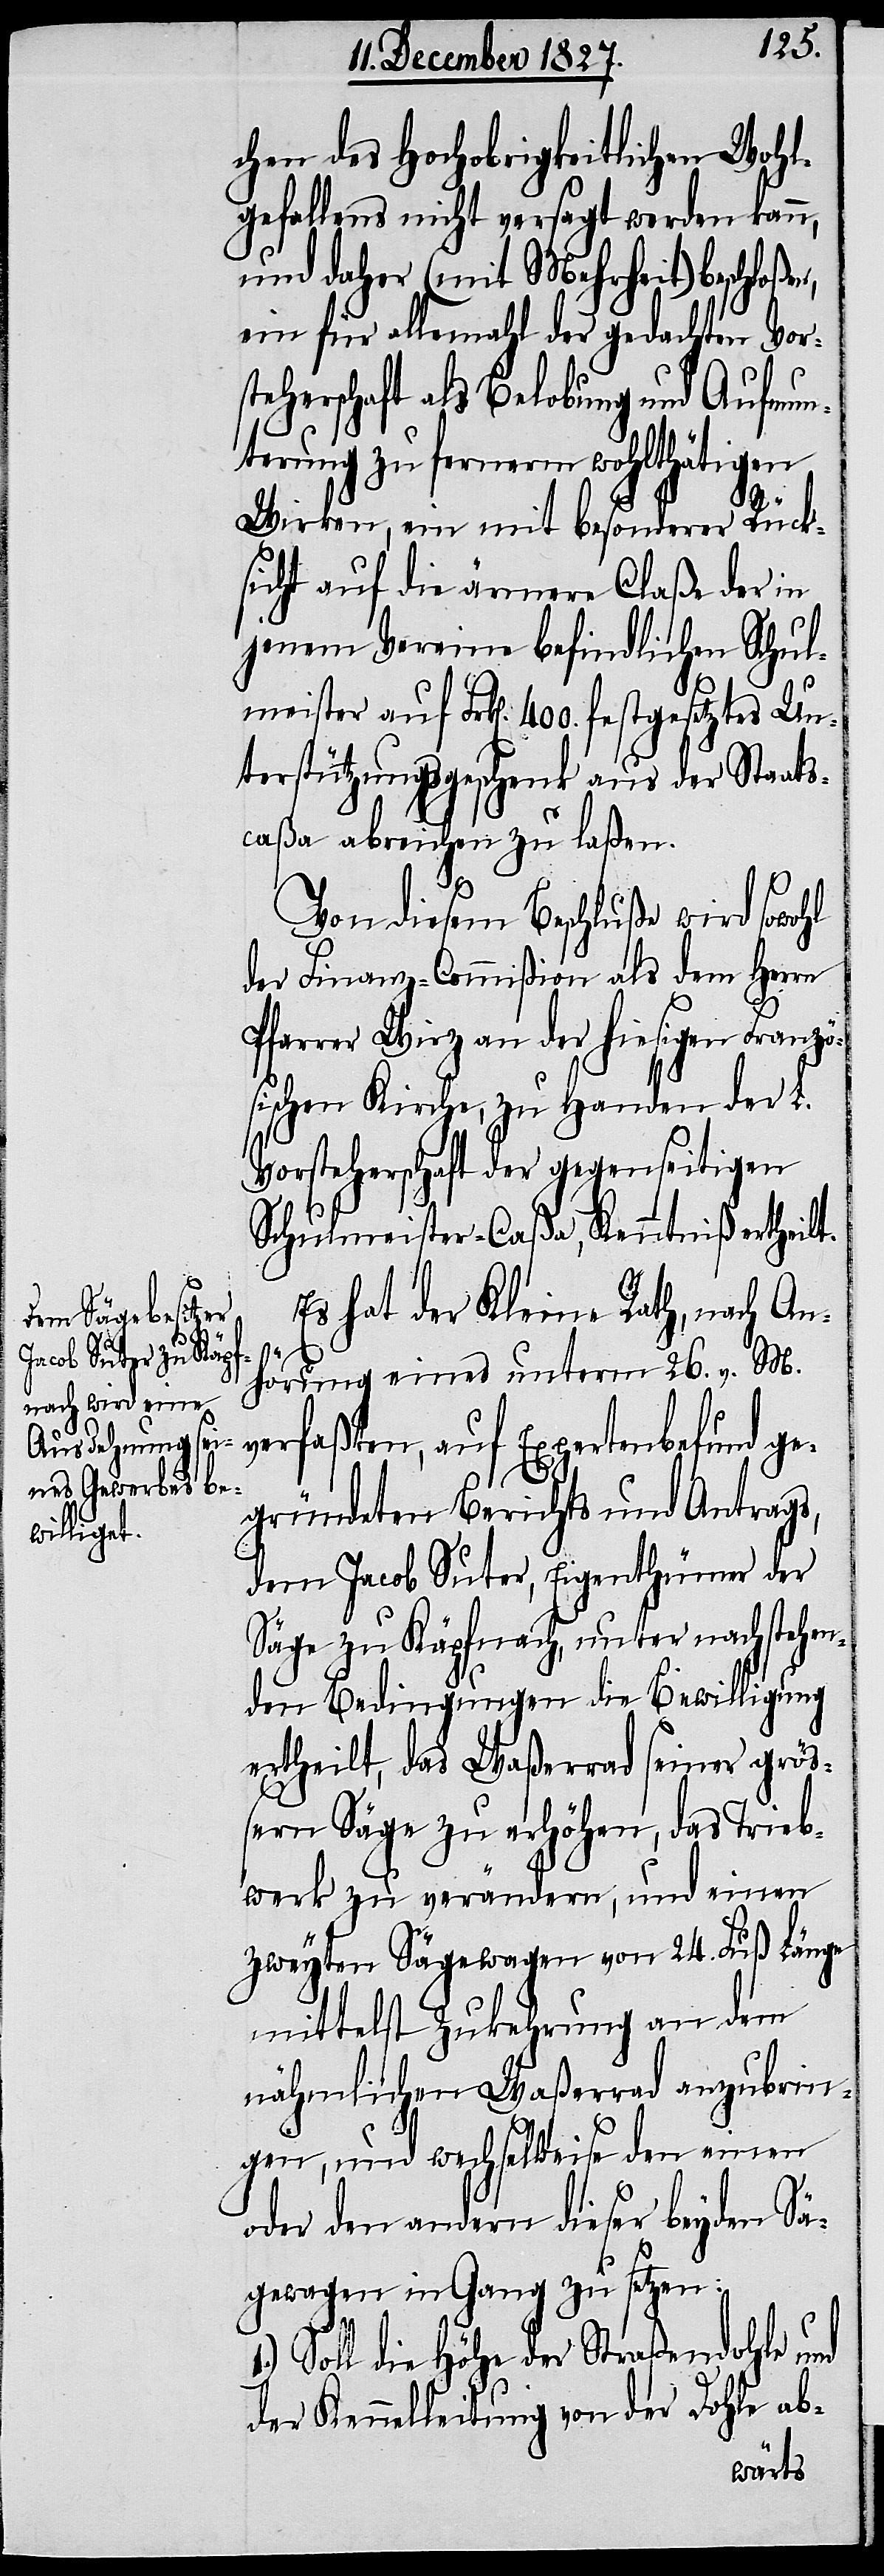
chen des Hochobrigkeitlichen Wohl¬
gefallens nicht versagt werden kann,
und daher (mit Mehrheit) beschloßen,
ein für allemahl der gedachten Vors¬
teherschaft als Belobung und Aufmun¬
terung zu fernerm wohlthätigen
Wirken, ein mit besonderer Rück¬
sicht auf die ärmere Claße der in
jenem Vereine befindlichen Schul¬
meister auf Frk[en]. 400. festgesetztes Un¬
terstützungsgeschenk aus der Staats¬
caßa abreichen zu laßen.
Von diesem Beschluße wird sowohl
der Finanz-Commißion als dem Herrn
Pfarrer Wirz an der hiesigen Franzö¬
sischen Kirche, zu Handen der L.
Vorsteherschaft der gegenseitigen
Schulmeister-Caßa, Kenntniß ertheilt.
Es hat der Kleine Rath, nach An¬
hörung eines unterm 26. v. M.
verfaßten, auf Expertenbefund ge¬
gründeten Berichts und Antrags,
dem Jacob Suter, Eigenthümer der
Säge zu Käpfnach, unter nachstehen¬
den Bedingungen die Bewilligung
ertheilt, das Waßerrad seiner größ¬
ern Säge zu erhöhen, das Trieb¬
werk zu verändern, und einen
zweyten Sägewagen von 24. Fuß Länge
mittelst Zukehrung von dem
nähmlichen Waßerrad anzubrin¬
gen, und wechselweise den einen
oder den andern dieser beyden Sä¬
gewagen in Gang zu setzen.
Soll die Höhe der Straßendohle und
der Kennelleitung von der Dohle ab-